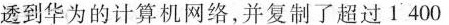
透到华为的计算机网络，并复制了超过1 400